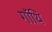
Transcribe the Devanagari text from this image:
गॉथि